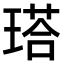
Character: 𤨑